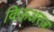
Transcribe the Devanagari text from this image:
विऊअरज़